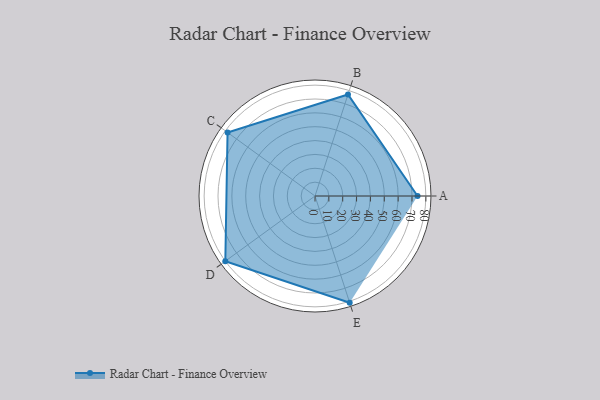
{"axis": {"x": "Skill", "y": "Score"}, "legend": ["Profile"], "data": [{"x": "A", "y": 74.0, "type": "Profile"}, {"x": "B", "y": 77.0, "type": "Profile"}, {"x": "C", "y": 78.0, "type": "Profile"}, {"x": "D", "y": 80.0, "type": "Profile"}, {"x": "E", "y": 81.0, "type": "Profile"}]}